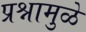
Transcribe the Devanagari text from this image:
प्रश्नामुळे